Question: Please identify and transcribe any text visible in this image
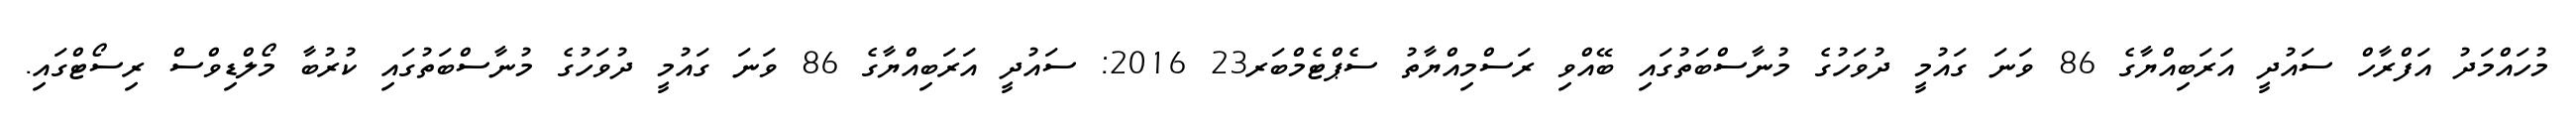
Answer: މުހައްމަދު އަފްރާހް ސައުދީ އަރަބިއްޔާގެ 86 ވަނަ ގައުމީ ދުވަހުގެ މުނާސްބަތުގައި ބޭއްވި ރަސްމިއްޔާތު ސެޕްޓެމްބަރ23 2016: ސައުދީ އަރަބިއްޔާގެ 86 ވަނަ ގައުމީ ދުވަހުގެ މުނާސްބަތުގައި ކުރުބާ މޯލްޑިވްސް ރިސޯޓްގައި.